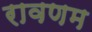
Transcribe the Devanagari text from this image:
रावणम